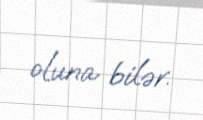
oluna bilər.